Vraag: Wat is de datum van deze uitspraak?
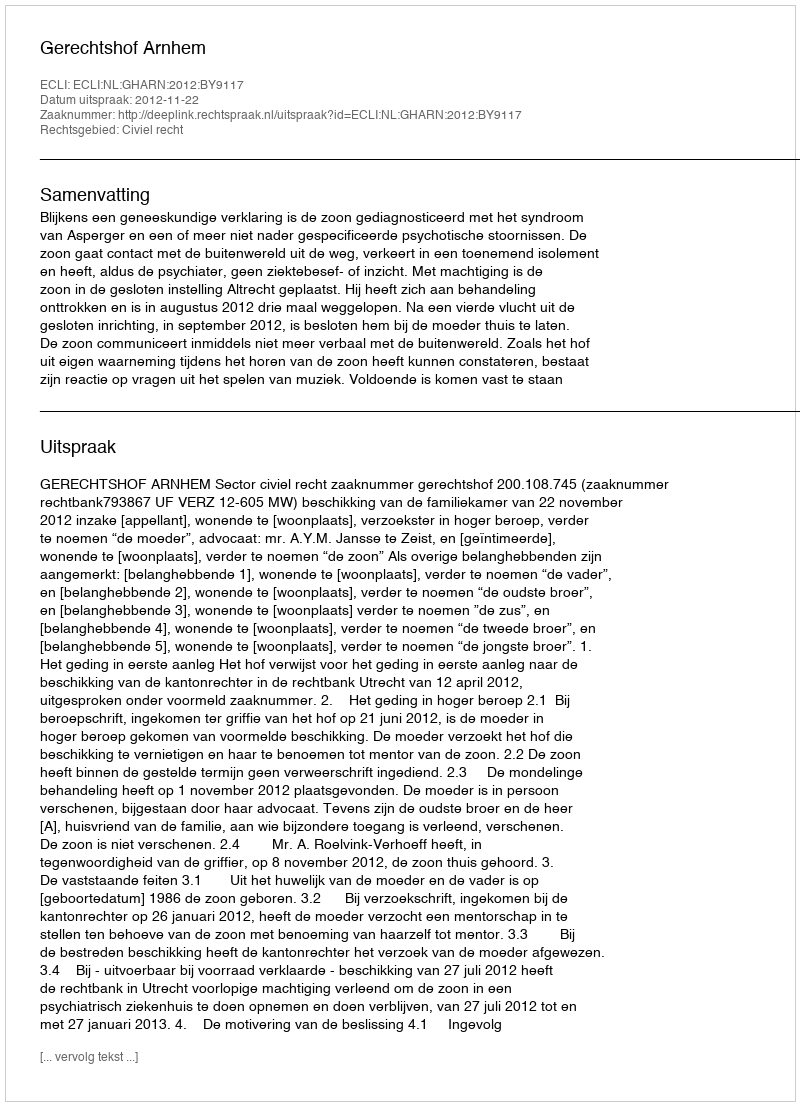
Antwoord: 2012-11-22